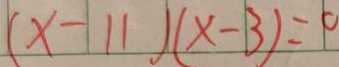
( x - 1 1 ) ( x - 3 ) = 0